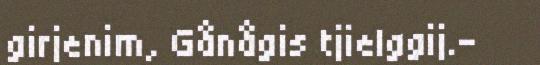
girjenim, Gånågis tjielggij.–